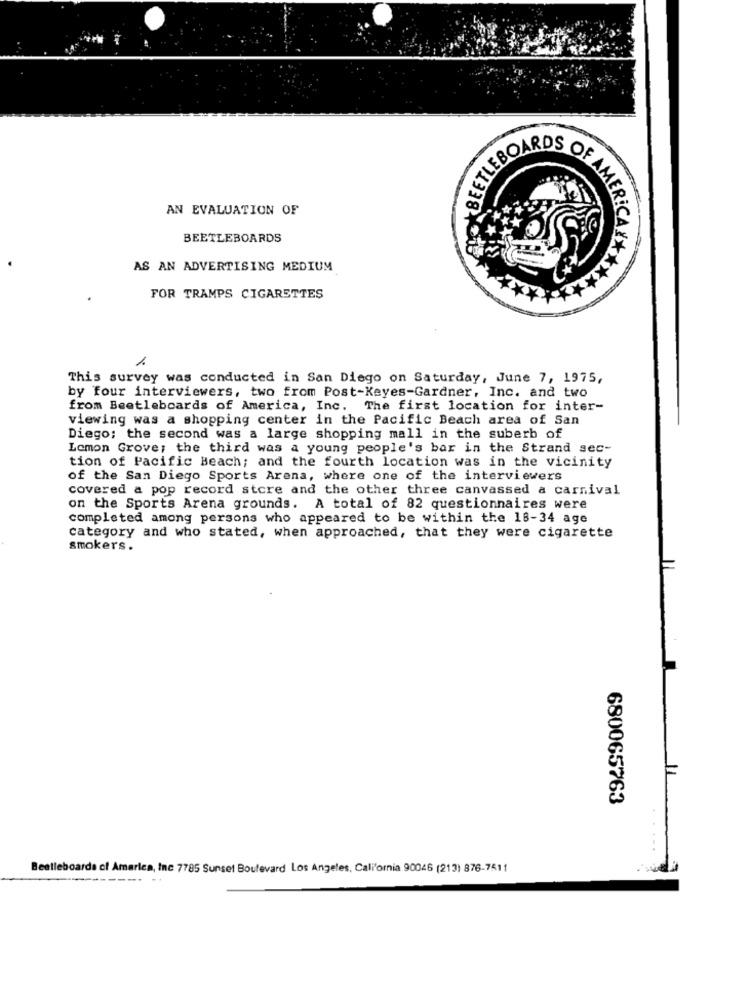
OF
AN EVALUATION OF
AER!
BEETLEBOARDS
AS AN ADVERTISING MEDIUM
FOR TRAMPS CIGARETTES
1
This survey was conducted in San Diego on Saturday, June 7, 1975,
by four interviewers, two from Post-Keyes-Gardner, Inc. and two
from Beetleboards of America, Inc. The first location for inter-
viewing was a shopping center in the Pacific Beach area of San
Diego; the second was a large shopping mall in the suberb of
Lemon Grove; the third was a young people's bar in the Strand sec-
tion of Pacific Beach; and the fourth location was in the vicinity
of the San Diego Sports Arena, where one of the interviewers
covered a pop record store and the other three canvassed a carnival
on the Sports Arena grounds. A total of 82 questionnaires were
completed among persons who appeared to be within the 18-34 age
category and who stated, when approached, that they were cigarette
smokers.
680065763
...
Beetleboards of America, Inc 7785 Sunset Boulevard Los Angeles, California 90046 (213) 876-7511